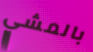
بالمشي